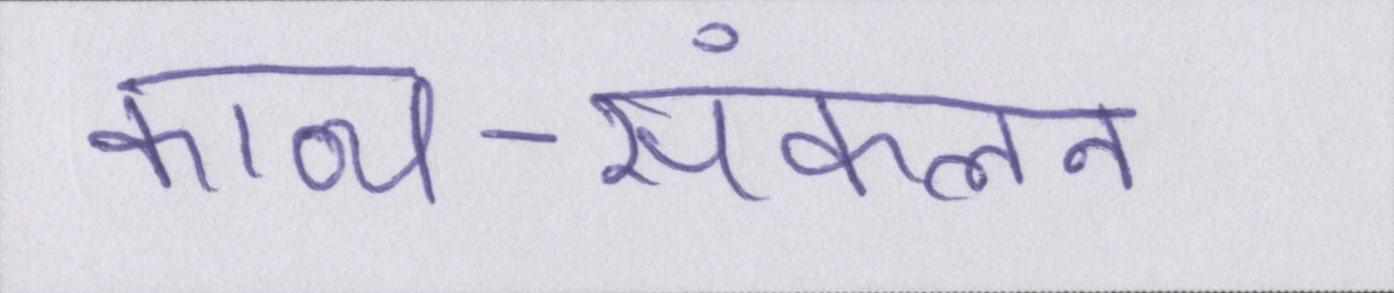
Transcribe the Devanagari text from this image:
काव्य-संकलन